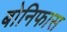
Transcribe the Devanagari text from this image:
बोनिफास